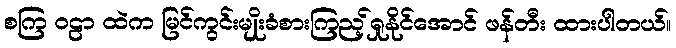
စကြ ဝဠာ ထဲက မြင်ကွင်းမျိုးခံစားကြည့်ရှုနိုင်အောင် ဖန်တီး ထားပါတယ်။